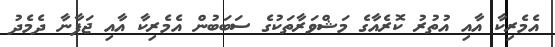
އެމެރިކާ އާއި އުތުރު ކޮރެއާގެ މަޝްވަރާތަކުގެ ސަބަަބުން އެމެރިކާ އާއި ޖަޕާނާ ދެމެދު